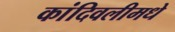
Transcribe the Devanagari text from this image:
कांदिवलीमधे